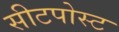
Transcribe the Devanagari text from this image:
सीटपोस्ट